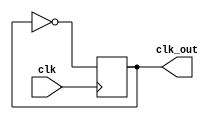
module Timing_control_block (
    input wire clk,
    output reg clk_out
);

always @ (posedge clk)
begin
    clk_out <= ~clk_out; // Generate a 50% duty cycle clock signal
end

endmodule